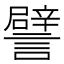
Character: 譬